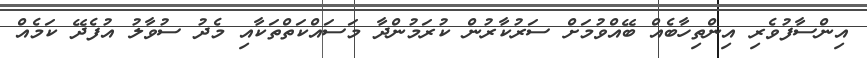
އިންސާފުވެރި އިންތިހާބެއް ބޭއްވުމަށް ސަރުކާރުން ކުރަމުންދާ މަސައްކަތްތަކާއި މެދު ސުވާލު އުފެދޭ ކަމެއް